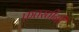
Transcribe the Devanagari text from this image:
फ़तस्तीनी